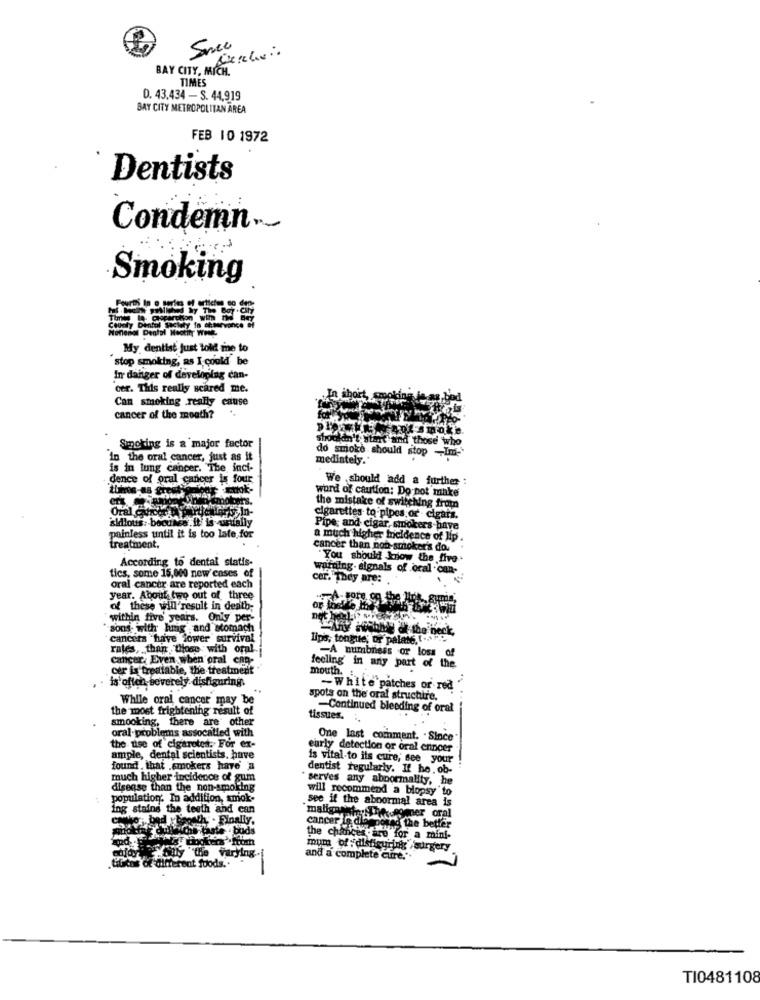
BAY CITY, MICH.
TIMES
0. 43.434 - S. 44.919
BAY CITY METROPOLITAN AREA
FEB 10 1972
Dentists
Condemn ._
Smoking
My dentist just told me to
stop smoking, as I could
In danger of developing can-
cer. This really scared me.
Can smoking really cause
cancer of the mouth?
401 smoke
Smoking is a major factor
Shouldn't start and those who
in the oral cancer, just as it
do smoke should stop -Im-
medintely.
is in lung cancer. "The inci-
Cence of oral cancer is four
We should add a further :
word of caution: Do pot make
the mistake of switching from
Oral Chloor
cigarettes to pipes or - cigars.
Pipe; and cigar, smokers have
painless until it is too late for
a much higher fieldence of lip .
treatment.
cancer than non smoker's dos
According to dental statis-
You should know the five
tics, some 15,000 new'cases of
warning. signals of oral can-
cer. They are:
oral cancer are reported each
year. About two out of three
of these will result in death-
within five years. Only per-
"sons with huig and stomach
cancers tuive lower survival
Tips, tongue; or palate, [ ....
rates, than those with oral.
-A numbness or loss of
cancer, Even when oral CAD-
cer ix treatable, the treatment
feeling in any part of the
mouth.
is often-severely disfiguring.
-White patches or rea"
While oral cancer may be
spots on the oral struchire.
the most frightening result of
-Continued bleeding of oral
smooking, there are other
tissues. ..
oral-problems assocalled with
One last comment. . Since
the use of cigarotes. For ex-
early detection or oral ennper
ample, dental scientists, have
is vital to its cure, see your
found , that .smokers have'
dentist regularly. If he.ob-
much higher incidence of gum
" serves any abnormality, he
disense than the non-smoking
will recommend a biopsy to
population. In addition, smok-
see if the abnormal area is
ing stains the teeth and can
The ogmer oral
ed
Boosth . Finally,
ha-taste buds
malignaabschied the better
cancer le die
the chancescare for a mini-
65 the Varying
mum of :disfiguring surgery
and a complete cure ..
of different foods ..
-
TI0481108